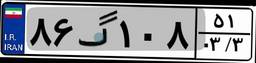
۶۹گ۷۰۴۸۶